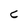
Character: c